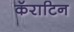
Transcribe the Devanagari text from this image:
कॅराटिन